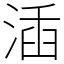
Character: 㴙